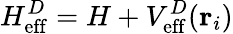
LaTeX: H_{\mathrm{eff}}^{D}=H+V_{\mathrm{eff}}^{D}({\mathbf r}_{i})